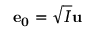
\mathbf { e _ { 0 } } = \sqrt { I } \mathbf { u }